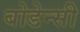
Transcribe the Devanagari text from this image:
बोडेन्सी